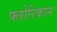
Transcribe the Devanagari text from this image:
फ्लोरिकान